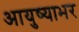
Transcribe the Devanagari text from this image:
आयुष्याभर